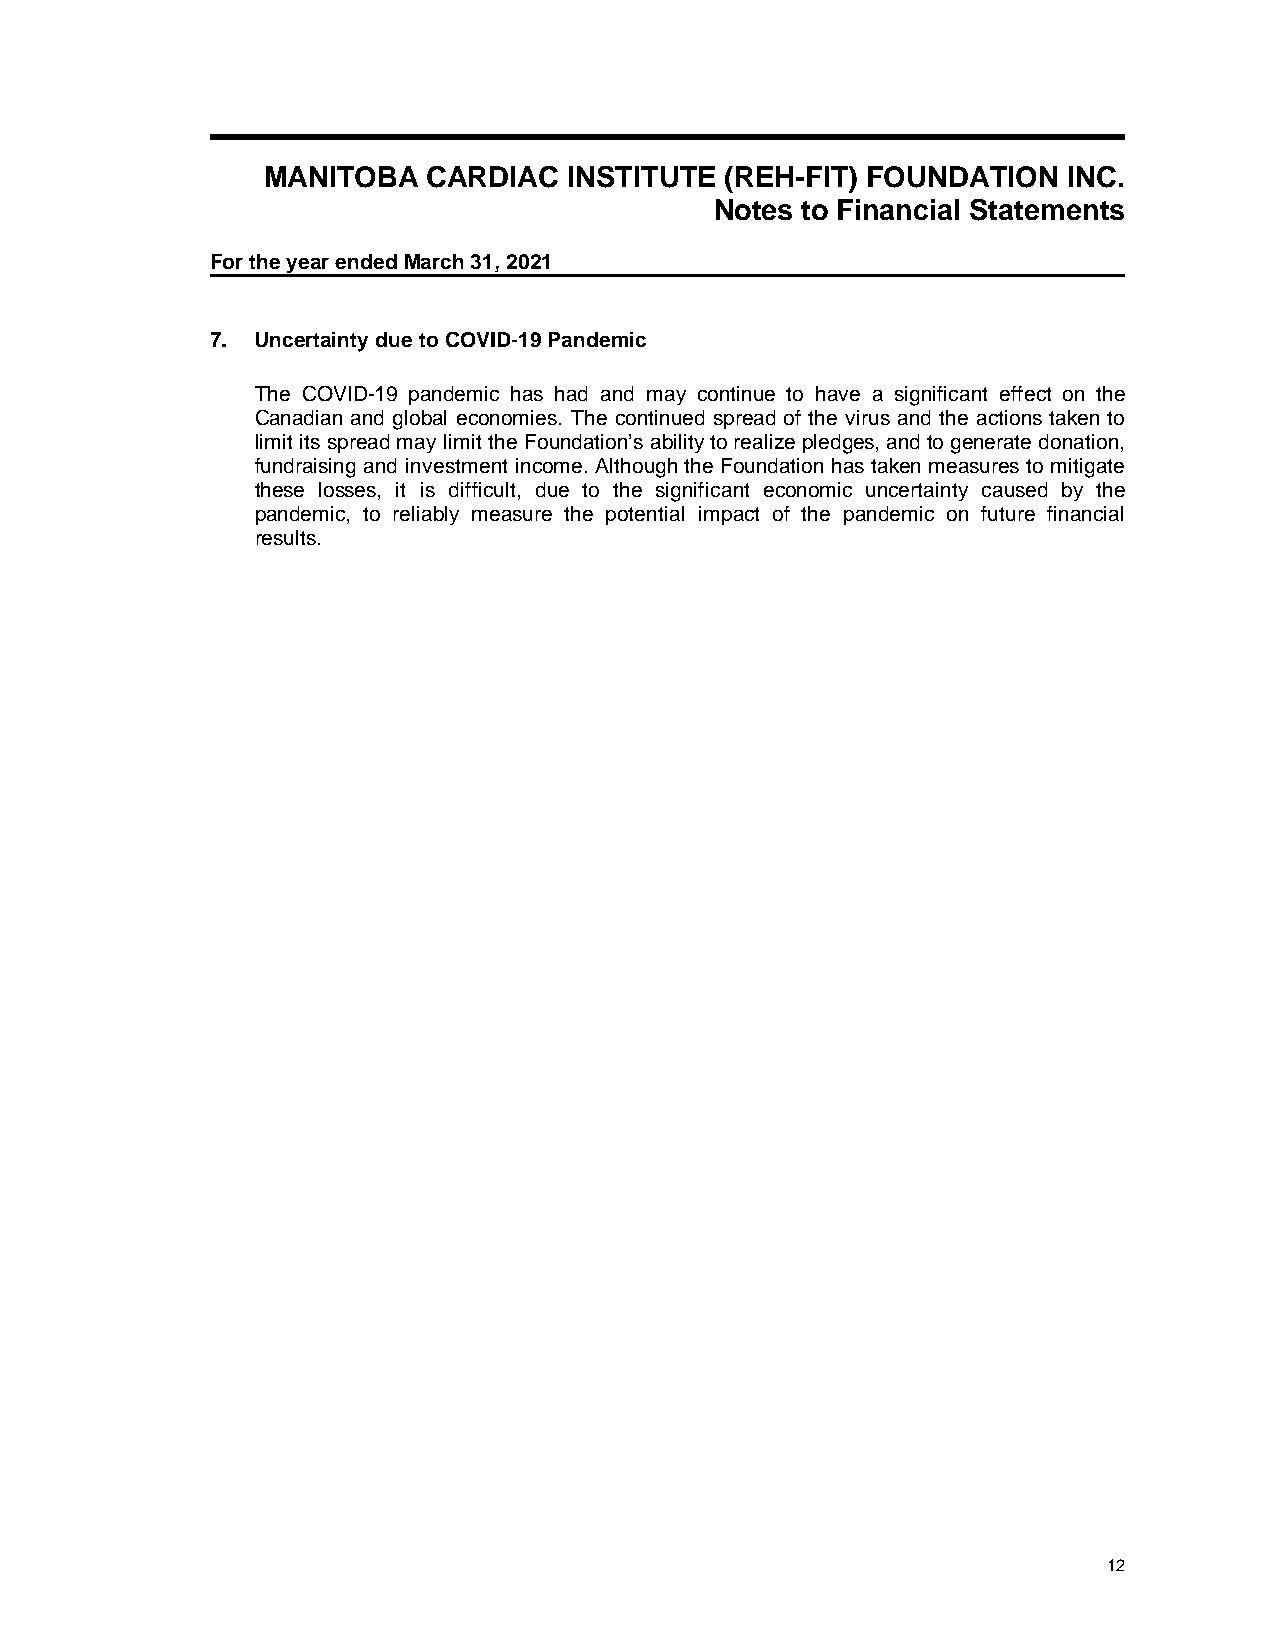
MANITOBA   CARDIAC   INSTITUTE (REH-FIT) FOUNDATION   INC.
 Notes to Financial Statements
 For the year endedMarch 31, 2021
 7. Uncertainty due to COVID-19 Pandemic
 The COVID-19 pandemic has had and may continue to have a significant effect on the
 Canadian and global economies. The continued spread of the virus and the actions taken to
 limit its spread may limit the Foundation’s ability to realize pledges, and to generate donation,
 fundraising and investment income. Although the Foundation has taken measures to mitigate
 these losses, it is difficult, due to the significant economic uncertainty caused by the
 pandemic, to reliably measure the potential impact of the pandemic on future financial
 results.
 12